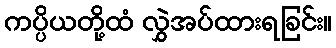
ကပ္ပိယတို့ထံ လွှဲအပ်ထားရခြင်း။